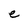
Character: e